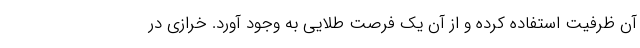
آن ظرفیت استفاده کرده و از آن یک فرصت طلایی به وجود آورد. خرازی در